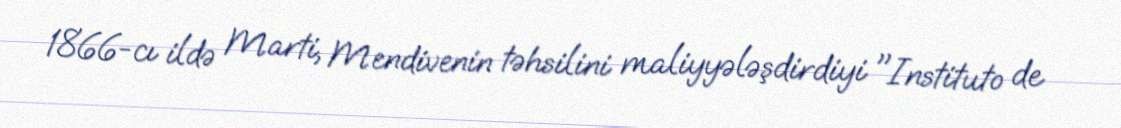
1866-cı ildə Marti, Mendivenin təhsilini maliyyələşdirdiyi "Instituto de